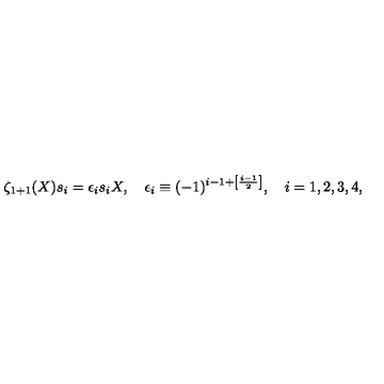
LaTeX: \zeta _ { 1 + 1 } ( X ) s _ { i } = \epsilon _ { i } s _ { i } X , \quad \epsilon _ { i } \equiv ( - 1 ) ^ { i - 1 + \left[ \frac { i - 1 } { 2 } \right] } , \quad i = 1 , 2 , 3 , 4 ,